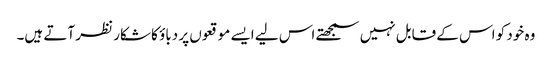
وہ خود کو اس کے قابل نہیں سمجھتے اس لیے ایسے موقعوں پر دباؤ کا شکار نظر آتے ہیں۔